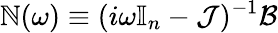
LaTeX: \mathbb{N}(\omega)\equiv(i\omega\mathbb{I}_{n}-\mathcal J)^{-1}\mathcal{B}